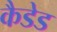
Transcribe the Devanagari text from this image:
कैडेड